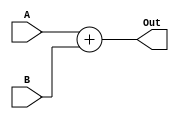
`timescale 1ns / 1ps

module Add(A, B, Out);
input [31:0] A, B;
output reg [31:0] Out;

always@(*) begin
Out <= A + B;
end

endmodule